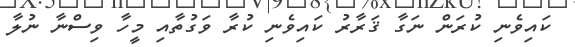
ކައިވެނި ކުރަން ނަގާ ޤަރާރު ކައިވެނި ކުރާ ވަގުތާއި މީހާ ވިސްނާ ނުލާ